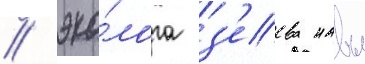
/ эко́лога з'еева навы